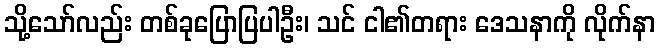
သို့သော်လည်း တစ်ခုပြောပြပါဦး၊ သင် ငါ၏တရား ဒေသနာကို လိုက်နာ